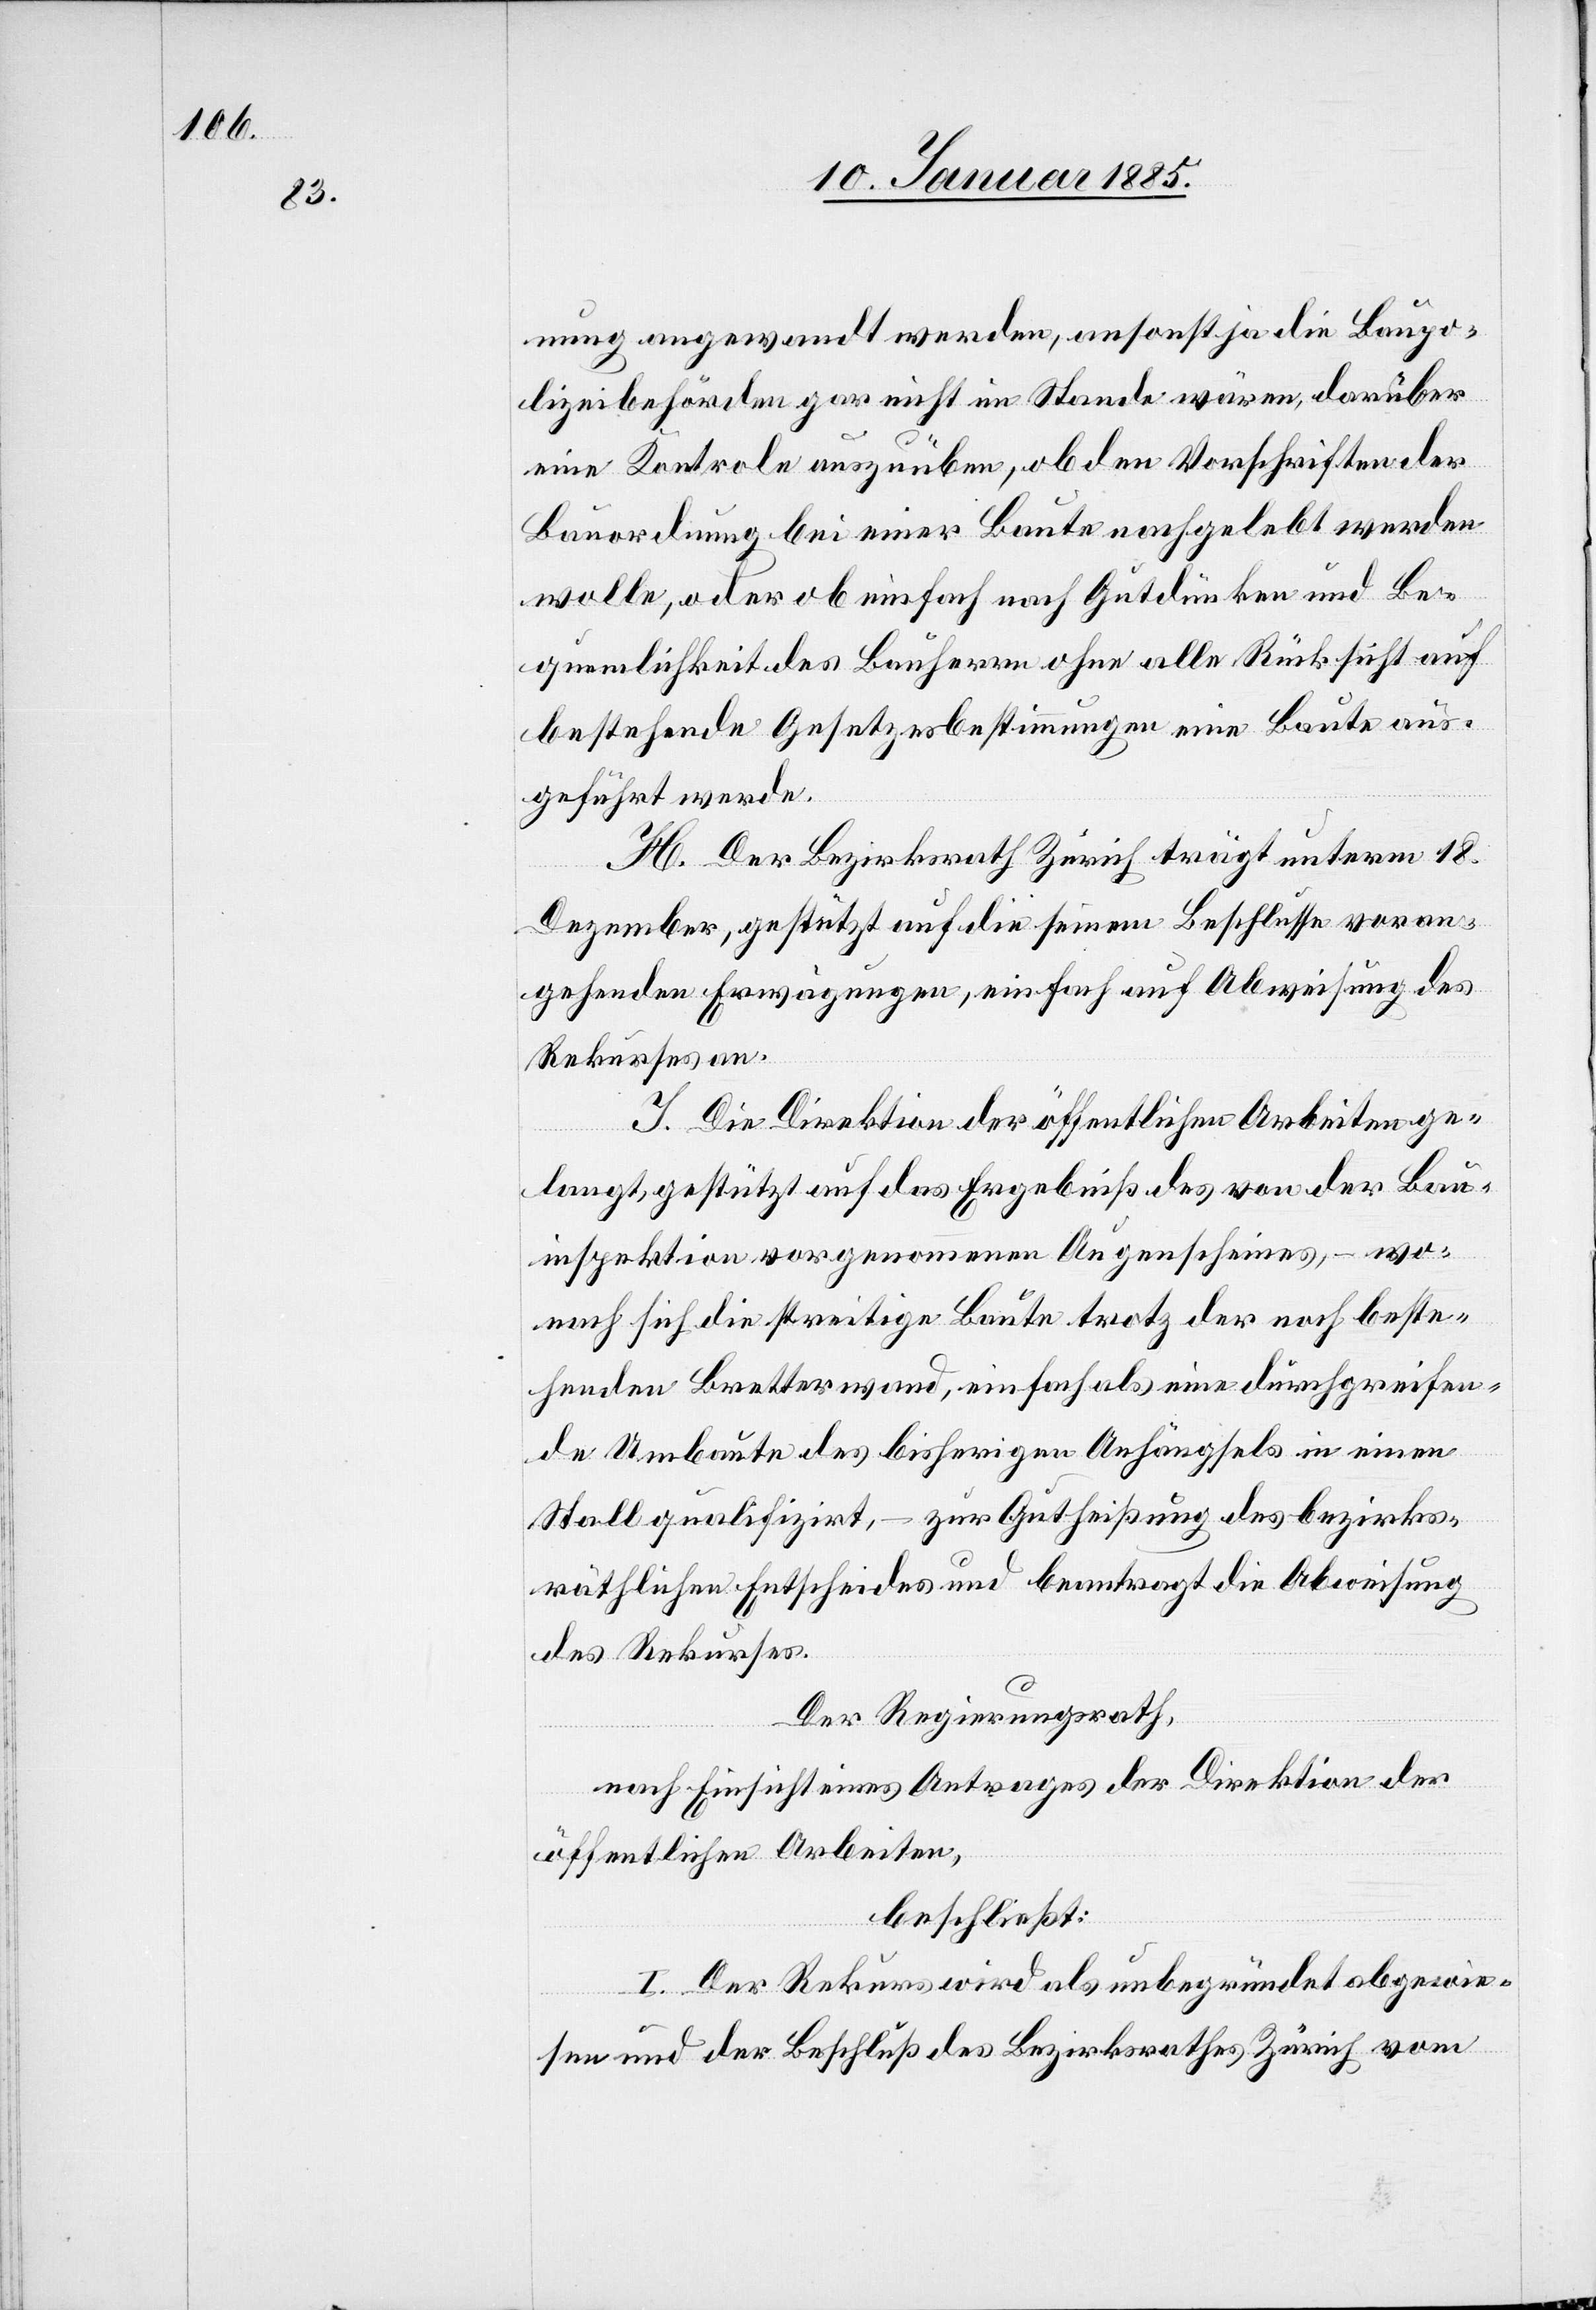
nung angewandt werden, ansonst ja die Baupo¬
lizeibehörden gar nicht im Stande wären, darüber
eine Kontrole auszuüben, ob den Vorschriften der
Bauordnung bei einer Baute nachgelebt werden
wolle, oder ob einfach nach Gutdünken und Be¬
quemlichkeit des Bauherrn ohne alle Rücksicht auf
bestehende Gesetzesbestimmungen eine Baute aus¬
geführt werde.
H. Der Bezirksrath Zürich trägt unterm 18.
Dezember, gestützt auf die seinem Beschlusse voran¬
gehenden Erwägungen, einfach Abweisung des
Rekurses an.
J. Die Direktion der öffentlichen Arbeiten ge¬
langt, gestützt auf das Ergebniß des von der Bau¬
inspektion vorgenommenen Augenscheines, – wo¬
nach sich die streitige Baute trotz der noch beste¬
henden Bretterwand, einfach als eine Durchgreifen¬
de Umbaute des bisherigen Anhängsels in einen
Stall qualifizirt, – zur Gutheißung des bezirks¬
räthlichen Entscheides und beantragt die Abweisung
des Rekurses.
Der Regierungsrath,
nach Einsicht eines Antrages der Direktion der
öffentlichen Arbeiten,
beschließt:
I. Der Rekurs wird als unbegründet abgewie¬
sen und der Beschluß des Bezirksrathes Zürich vom